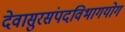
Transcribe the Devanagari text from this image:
देवासुरसंपदविभागयोग